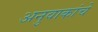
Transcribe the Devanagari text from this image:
अनुवाकांचे